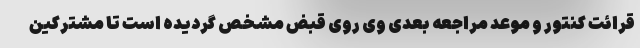
قرائت کنتور و موعد مراجعه بعدی وی روی قبض مشخص گردیده است تا مشترکین